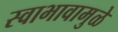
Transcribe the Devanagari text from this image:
स्वाभावामुळे